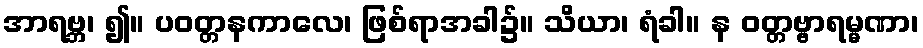
အာရဗ္ဘ၊ ၍။ ပဝတ္တနကာလေ၊ ဖြစ်ရာအခါ၌။ သိယာ၊ ရံခါ။ န ဝတ္တဗ္ဗာရမ္မဏာ၊